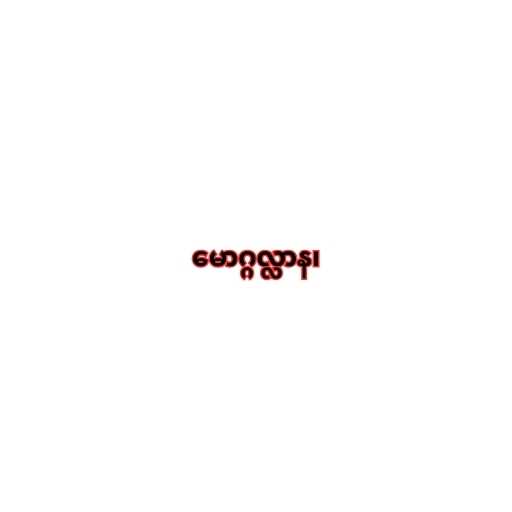
မောဂ္ဂလ္လာန၊